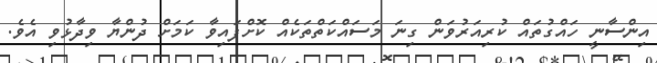
އިންސާނީ ހައްގުތައް ކުރިއަރުވަން ގިނަ މަސައްކަތްތަކެއް ކޮށްފައިވާ ކަމަށް ދުންޔާ ވިދާޅުވި އެވެ.